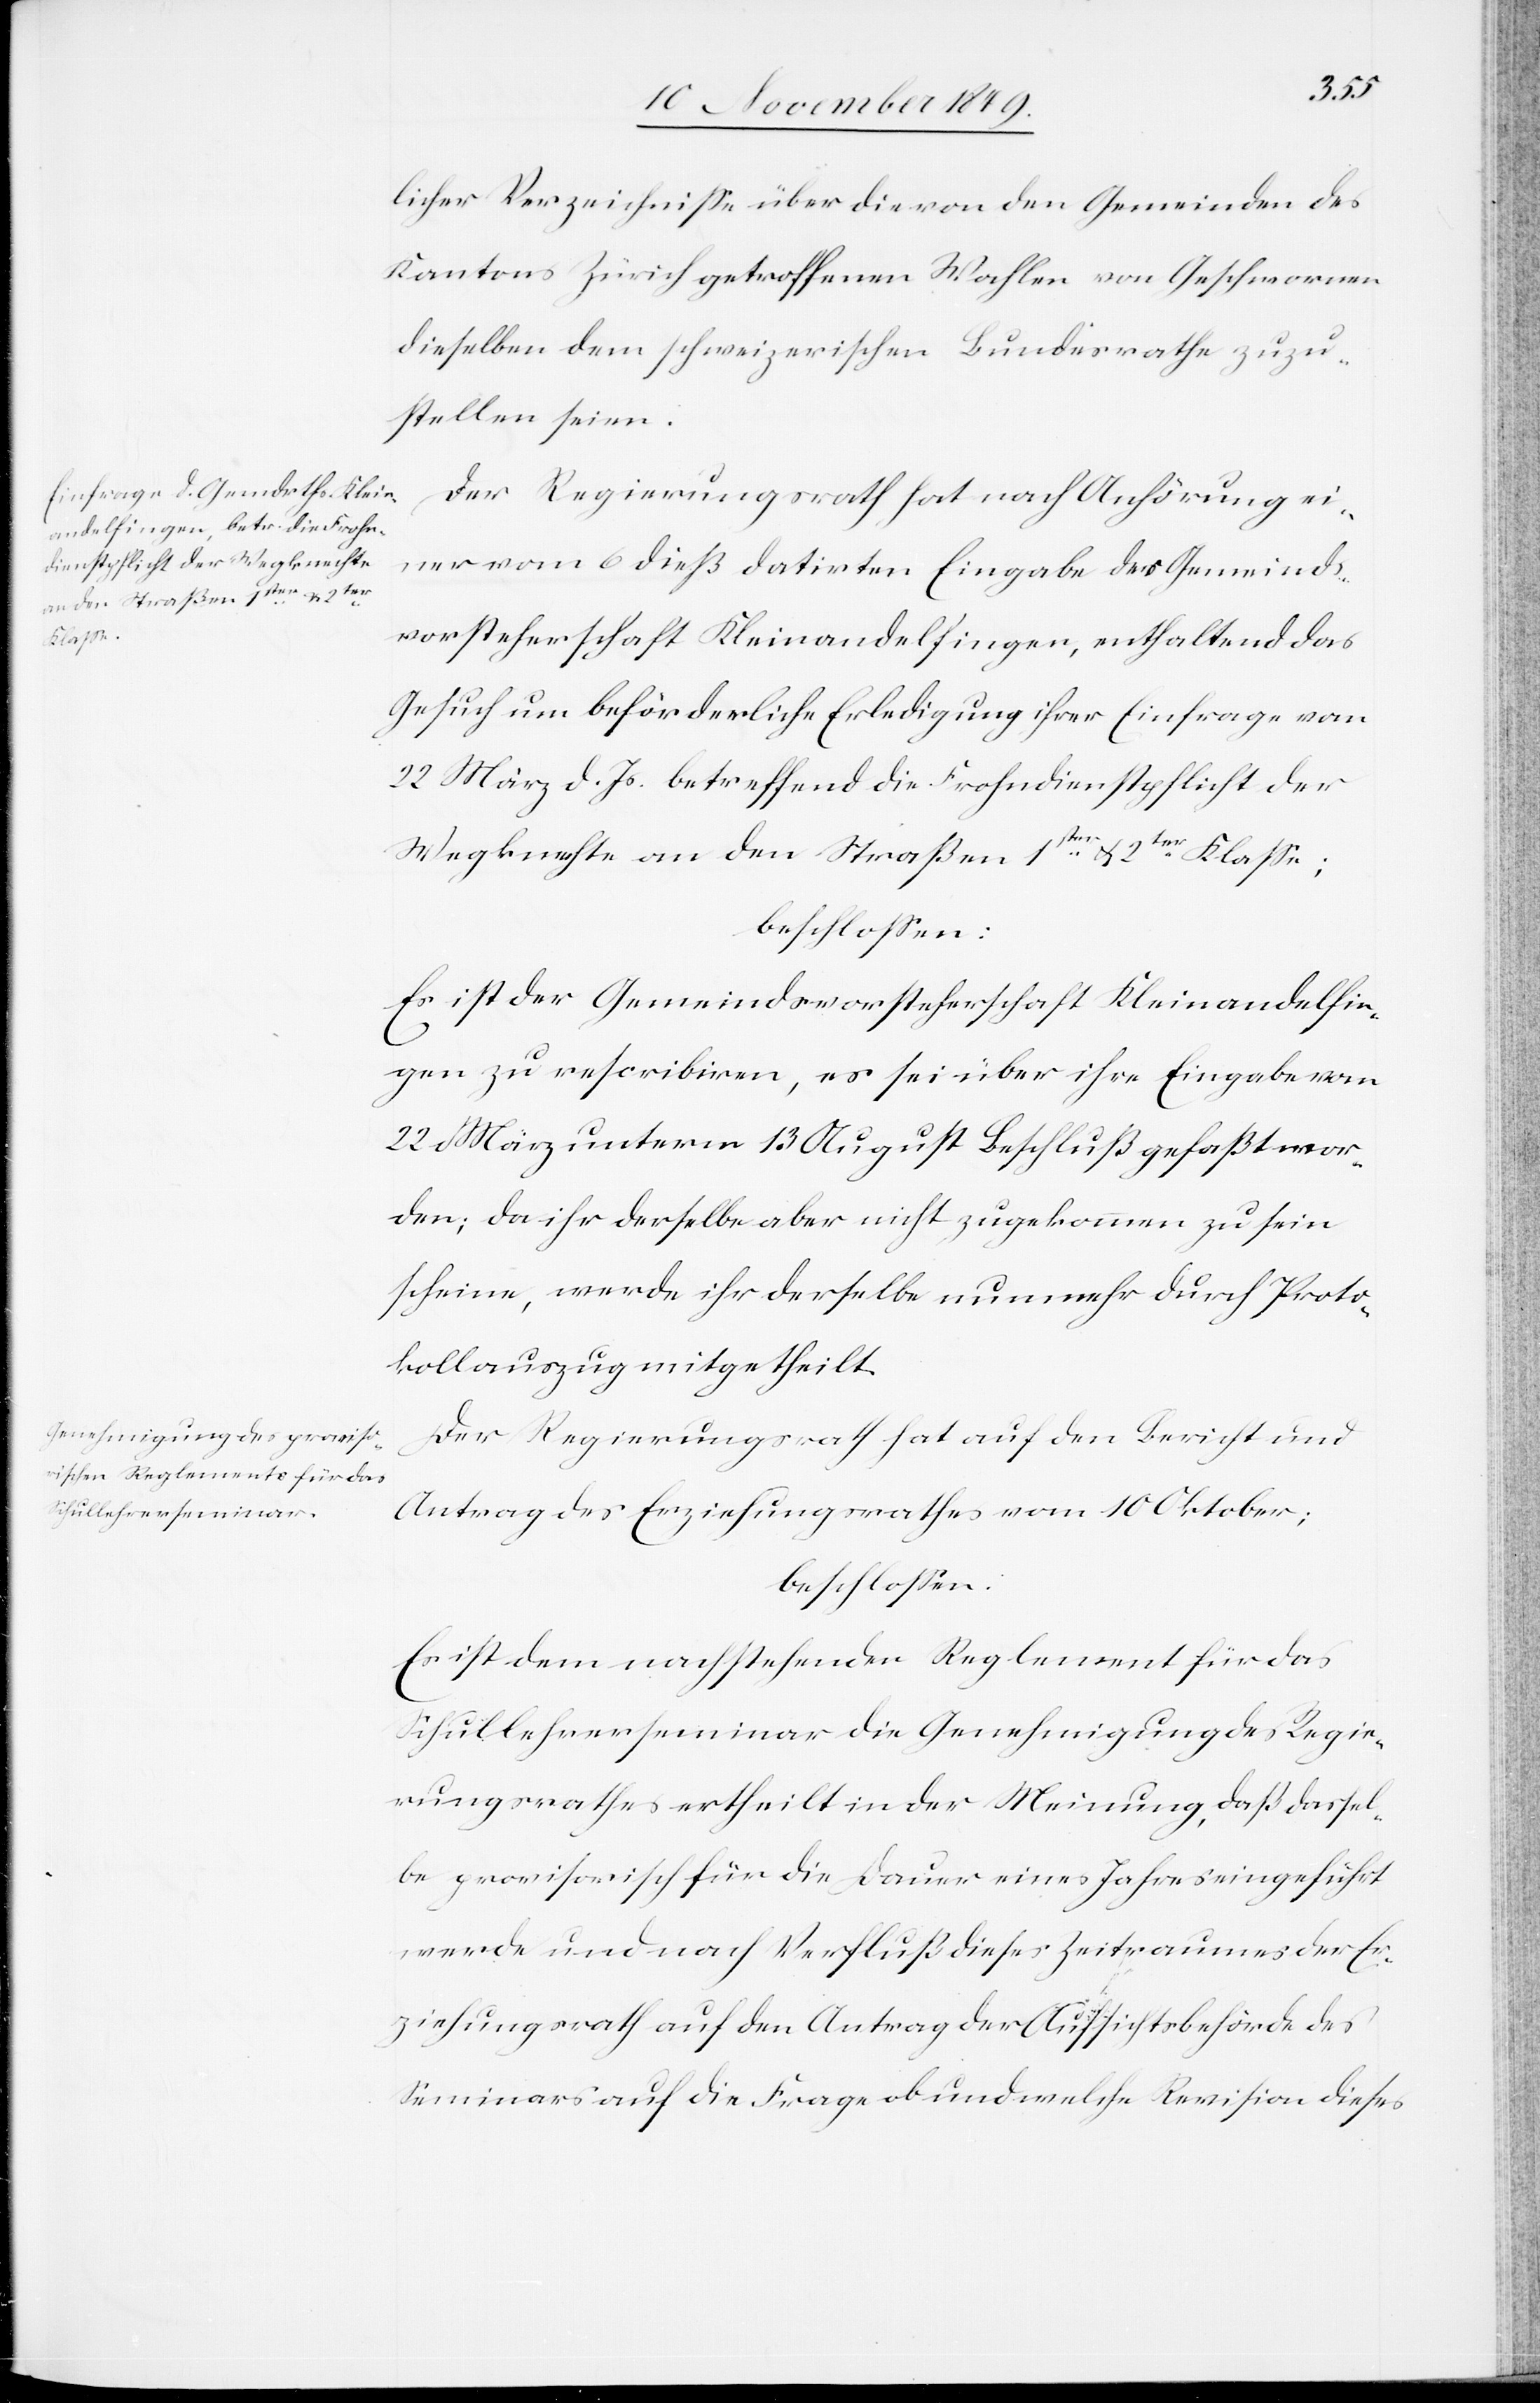
licher Verzeichniße über die von den Gemeinden des
Kantons Zürich getroffenen Wahlen von Geschworenen
dieselben dem schweizerischen Bundesrathe zuzu¬
stellen seien.
Der Regierungsrath hat nach Anhörung ei¬
ner vom 6 dieß datirten Eingabe der Gemeinds¬
vorsteherschaft Kleinandelfingen, enthaltend das
Gesuch um beförderliche Erledigung ihrer Einfrage vom
22 März d. Js. betreffend die Frohndienstpflicht der
Wegknechte an den Straßen 1sten u. 2ter Klaße:
beschloßen:
Es ist der Gemeindsvorsteherschaft in Kleinandelfin¬
gen zu rescribiren, es sei über ihre Eingabe vom
22 März unterm 13 August Beschluß gefaßt wor¬
den; da ihr derselbe aber nicht zugekommen zu sein
scheine, werde ihr derselbe nunmehr durch Proto¬
kollsauszug mitgetheilt.
Der Regierungsrath hat auf den Bericht und
Antrag des Erziehungsrathes vom 10 Oktober;
Es ist dem nachstehenden Reglement für das
Schullehrerseminar die Genehmigung der Regie¬
rungsrathes ertheilt in der Meinung, daß dersel¬
be provisorisch für die Dauer eines Jahres eingeführt
werde und nach Verfluß dieses Zeitraumes der Er¬
ziehungsrath auf den Antrag der Aufsichtsbehörde des
Seminars auf die Frage ob und welche Revision dieses